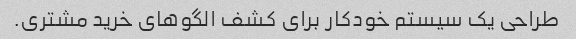
طراحی یک سیستم خودکار برای کشف الگوهای خرید مشتری.